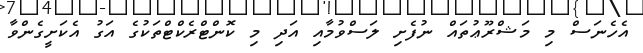
އެހެނަސް މި މަޝްރޫޢުތައް ނުފެށި ލަސްވުމާއި އަދި މި ކޮންޓްރެކްޓްތަކުގެ އަގު އެކަށީގެންވާ